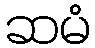
ဆမံ